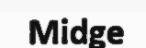
Midge